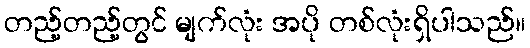
တည့်တည့်တွင် မျက်လုံး အပို တစ်လုံးရှိပါသည်။